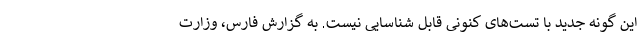
این گونه جدید با تست‌های کنونی قابل شناسایی نیست. به گزارش فارس، وزارت